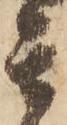
其